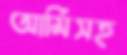
আর্মিসহ